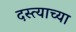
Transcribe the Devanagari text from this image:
दस्त्याच्या